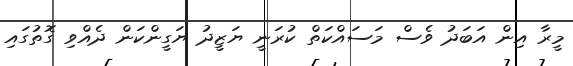
މީރާ އިން އަބަދު ވެސް މަސައްކަތް ކުރަނީ ޔަޒީދު ޔަގީންކަން ދެއްވި ގޮތުގައި